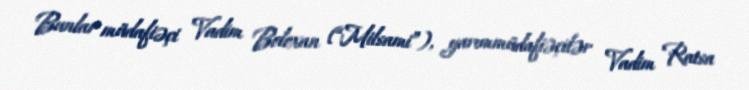
Bunlar müdafiəçi Vadim Boloxan (“Milsami”), yarımmüdafiəçilər Vadim Ratsa